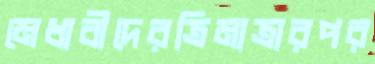
মেধাবীদেরত্রিমাত্রারপর